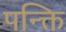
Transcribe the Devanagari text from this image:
पन्क्ति